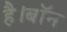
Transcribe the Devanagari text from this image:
है।बॉन